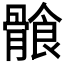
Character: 𩩶